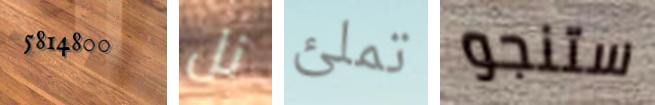
5814800 نل تملئ ستنجو